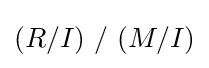
(R/I)\ /\ (M/I)